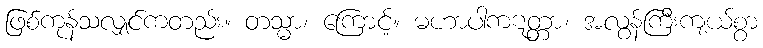
ဖြစ်ကုန်သလျှင်ကတည်း။ တသ္မာ၊ ကြောင့်။ မဟာပါကဋတ္တာ၊ အလွန်ကြီးကျယ်စွာ